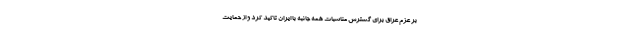
بر عزم عراق برای گسترش مناسبات همه جانبه با ایران تاکید کرد و از حمایت